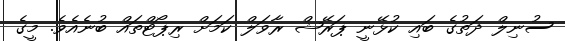
ސުނިލް ދަތުގެ ބައި ކުޅޭނީ ޕަރޭޝް ރާވަލް ކަމަށް ރިޕޯޓްތައް ބުނެއެވެ. މީގެ